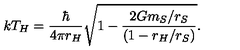
k T _ { H } = { \frac { \hbar } { 4 \pi r _ { H } } } \sqrt { 1 - { \frac { 2 G m _ { S } / r _ { S } } { ( 1 - r _ { H } / r _ { S } ) } } } .